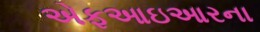
એફઆઇઆરના